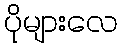
ပိုများလေ